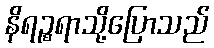
နိရဉ္စရာသို့ပြောသည်